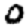
Digit: 0